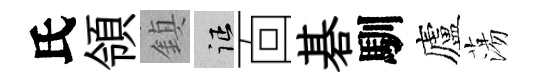
氏領鎮征靣碁馴廬蕩